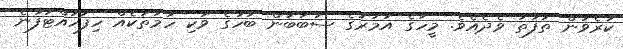
ކުރެވުން ތަފާތު ވެދެއެވެ. މީހާގެ އުމުރުގެ ސަބަބުން ބަހުގެ ވަކި ހަމަތަކެއް ހިފަހައްޓަފާނެ